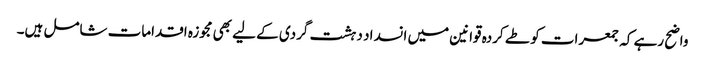
واضح رہے کہ جمعرات کو طے کردہ قوانین میں انسداد دہشت گردی کے لیے بھی مجوزہ اقدامات شامل ہیں۔